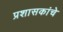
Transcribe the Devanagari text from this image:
प्रशासकांचे